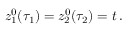
z _ { 1 } ^ { 0 } ( \tau _ { 1 } ) = z _ { 2 } ^ { 0 } ( \tau _ { 2 } ) = t \, .